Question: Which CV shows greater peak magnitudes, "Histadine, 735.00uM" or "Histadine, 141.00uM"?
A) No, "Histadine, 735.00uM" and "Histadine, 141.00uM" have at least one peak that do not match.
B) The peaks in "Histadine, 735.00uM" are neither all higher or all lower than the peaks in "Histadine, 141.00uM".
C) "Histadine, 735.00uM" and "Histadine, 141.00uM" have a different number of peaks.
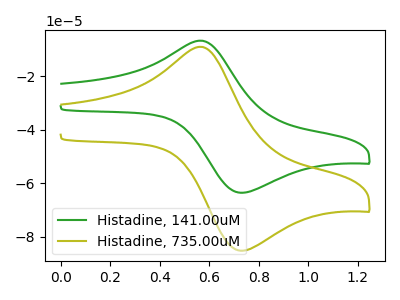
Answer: <think>The green curve "Histadine, 141.00uM" has an anodic peak at (0.55V, -6.80uA) and a cathodic peak at (0.75V, -63.60uA). The olive curve "Histadine, 735.00uM" has an anodic peak at (0.55V, -9.10uA) and a cathodic peak at (0.75V, -85.25uA).</think>
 <answer>B) The peaks in "Histadine, 735.00uM" are neither all higher or all lower than the peaks in "Histadine, 141.00uM".</answer>
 <eval>B</eval>